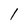
Character: 1